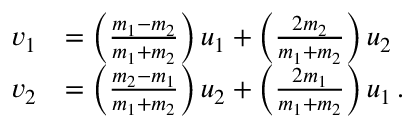
{ \begin{array} { r l } { v _ { 1 } } & { = \left( { \frac { m _ { 1 } - m _ { 2 } } { m _ { 1 } + m _ { 2 } } } \right) u _ { 1 } + \left( { \frac { 2 m _ { 2 } } { m _ { 1 } + m _ { 2 } } } \right) u _ { 2 } } \\ { v _ { 2 } } & { = \left( { \frac { m _ { 2 } - m _ { 1 } } { m _ { 1 } + m _ { 2 } } } \right) u _ { 2 } + \left( { \frac { 2 m _ { 1 } } { m _ { 1 } + m _ { 2 } } } \right) u _ { 1 } \, . } \end{array} }